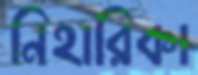
নিহারিকা